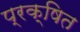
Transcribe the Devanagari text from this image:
प्रक्षित